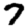
Digit: 7